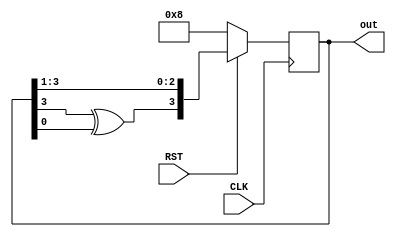
`timescale 1ns / 1ps


module LFSR(                    //input CLK RST  output 4bit out .
    input CLK,              
    input RST,
    output reg [1:4] out
    );
    
    always @(posedge CLK)       //CLK   always .
    begin
        if(!RST)                //RST 0  if.
        begin
            out<=4'b1000;       //out 1000 .
        end
        else
        begin
            out<={out[1]^out[4],out[1:3]};      // out  out1 xor out4   3 out 1~3bit .
        end
        
     end
        
endmodule